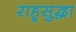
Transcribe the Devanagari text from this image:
राहूसुद्धा